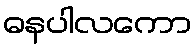
ဓနပါလကော